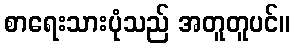
စာရေးသားပုံသည် အတူတူပင်။